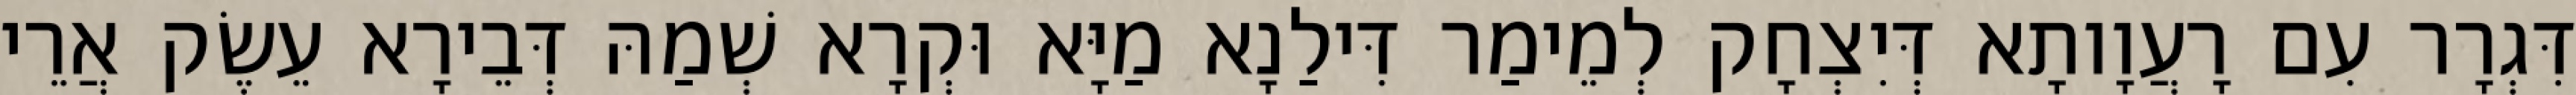
דִּגְרָר עִם רָעֲוָותָא דְּיִצְחָק לְמֵימַר דִּילַנָא מַיָּא וּקְרָא שְׁמַהּ דְּבֵירָא עֵשֶׂק אֲרֵי